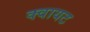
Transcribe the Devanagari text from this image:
क्वायट